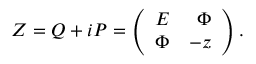
Z = Q + i P = \left( \begin{array} { c r c } { { E } } & { { \Phi } } \\ { { \Phi } } & { { - z } } \end{array} \right) .